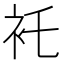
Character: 𧘐